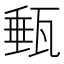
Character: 甀